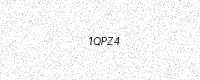
Text: 1QPZ4